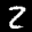
Label: 2